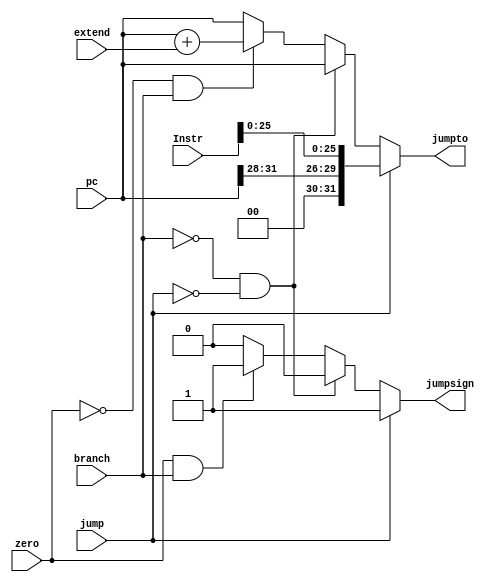
`timescale 1ns / 1ps
//////////////////////////////////////////////////////////////////////////////////
// Company: 
// Engineer: 
// 
// Design Name: 
// Module Name: NPC
// Project Name: 
// Target Devices: 
// Tool Versions: 
// Description: 
// 
// Dependencies: 
// 
// Revision:
// Revision 0.01 - File Created
// Additional Comments:
// 
//////////////////////////////////////////////////////////////////////////////////


module NPC(
    input   branch,
    input   jump,
    input   zero,
    input   [31:0]pc,
    input   [31:0]Instr,
    input   [31:0]extend,
    output  [31:0]jumpto,
    output  jumpsign
    );
    assign jumpto = (jump == 1'b1) ? {{pc[31:28]},{Instr[25:0]}} :
                 (branch == 1'b0 && jump == 1'b0) ? pc:
                 (zero  ==  1'b0 && branch == 1'b1) ? pc + extend : pc;
    assign jumpsign = (jump == 1'b1) ? 1 :
                      (branch == 1'b0 && jump == 1'b0) ? 0 :
                      (zero  ==  1'b1 && branch == 1'b1) ? 1 : 0;
endmodule